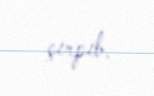
çırpıb.